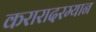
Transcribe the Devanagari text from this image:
करारादरम्यान